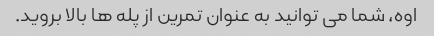
اوه، شما می توانید به عنوان تمرین از پله ها بالا بروید.